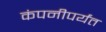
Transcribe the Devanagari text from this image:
कंपनीपर्यंत